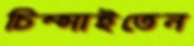
চিম্‌সাইতেন